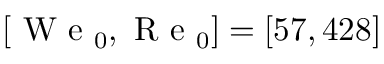
[ \mathrm { ~ W ~ e ~ } _ { 0 } , \mathrm { ~ R ~ e ~ } _ { 0 } ] = [ 5 7 , 4 2 8 ]